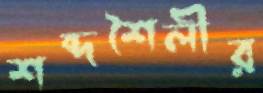
শব্দশৈলীর